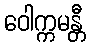
ဝေါက္ကမန္တီ